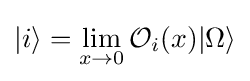
|i\rangle =\lim _{x\to 0}{\mathcal {O}}_{i}(x)|\Omega \rangle